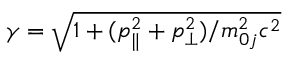
\gamma = \sqrt { 1 + ( p _ { \parallel } ^ { 2 } + p _ { \perp } ^ { 2 } ) / m _ { 0 j } ^ { 2 } c ^ { 2 } }